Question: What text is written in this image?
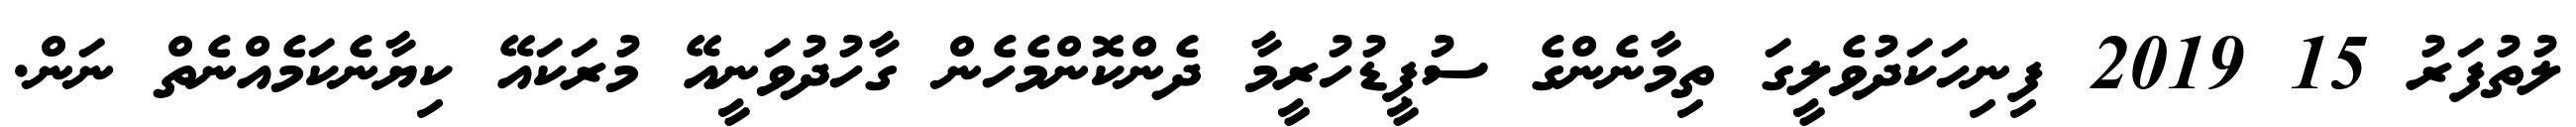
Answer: ލުތުފަރު 15 2019 ފިނިހަކަދުވެލީގަ ތިމާނެންގެ ސުޕީޑުހުރީމާ ދެންކޮންމެހެން ގާހުދުވަނީއޭ މުރަކައޭ ކިޔާނެކަމެއްނެތް ނަން.